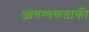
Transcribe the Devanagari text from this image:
आवश्‍यकताकी